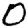
Digit: 0